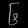
Digit: ၆